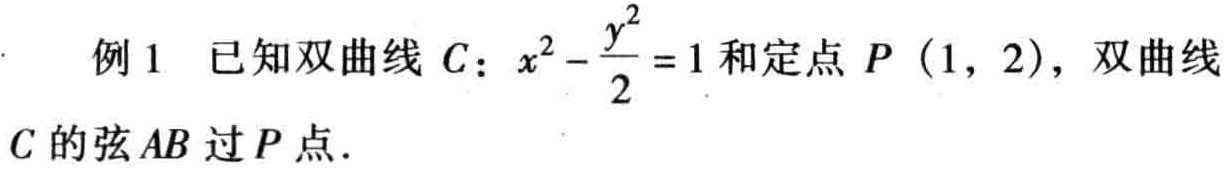
例1 已知双曲线\(C\)：\(x^{2}-\frac{y^{2}}{2}=1\)和定点\(P(1,2)\)，双曲线\(C\)的弦\(AB\)过\(P\)点.